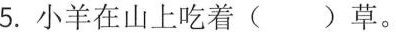
5.小羊在山上吃着( )草。